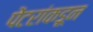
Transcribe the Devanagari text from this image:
पेंटरांकडून